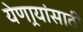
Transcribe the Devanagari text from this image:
येणार्‍यांसाठी